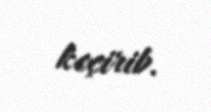
keçirib.